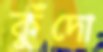
কুঁদো